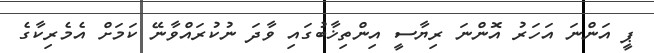
ޕީ އަންނަ އަހަރު އޮންނަ ރިޔާސީ އިންތިޚާބުގައި ވާދަ ނުކުރައްވާނޭ ކަމަށް އެމެރިކާގެ